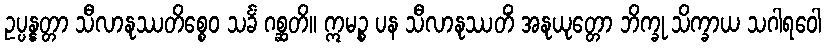
ဥပ္ပန္နတ္တာ သီလာနုဿတိစ္စေဝ သင်္ခံ ဂစ္ဆတိ။ ဣမဉ္စ ပန သီလာနုဿတိံ အနုယုတ္တော ဘိက္ခု သိက္ခာယ သဂါရဝေါ